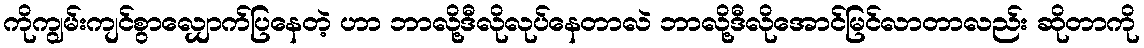
ကိုကျွမ်းကျင်စွာလျှောက်ပြနေတဲ့ ဟာ ဘာလို့ဒီလိုလုပ်နေတာလဲ ဘာလို့ဒီလိုအောင်မြင်လာတာလည်း ဆိုတာကို